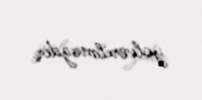
yolverilməzdir.